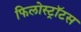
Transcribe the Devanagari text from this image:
फिलोस्ट्रॉटस